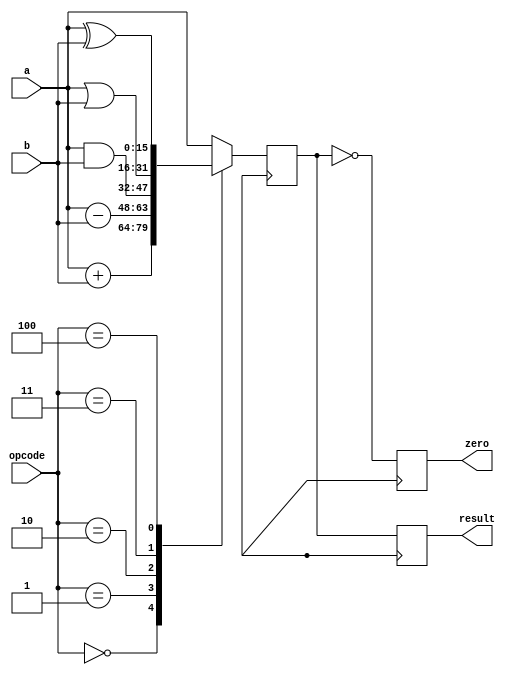
module alu_16bit (
    input [15:0] a,
    input [15:0] b,
    input [3:0] opcode,
    output reg [15:0] result,
    output reg zero
);

reg [15:0] temp_result;

always @(posedge clk) begin
    case(opcode)
        4'b0000: temp_result <= a + b; // Addition
        4'b0001: temp_result <= a - b; // Subtraction
        4'b0010: temp_result <= a & b; // Bitwise AND
        4'b0011: temp_result <= a | b; // Bitwise OR
        4'b0100: temp_result <= a ^ b; // Bitwise XOR
        default: temp_result <= a;
    endcase
end

always @(posedge clk) begin
    result <= temp_result;
    zero <= (temp_result == 0);
end

endmodule